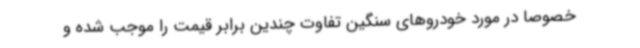
خصوصا در مورد خودروهای سنگین تفاوت چندین برابر قیمت را موجب شده و